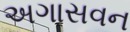
અગાસવન